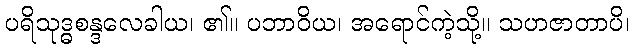
ပရိသုဒ္ဓစန္ဒလေခါယ၊ ၏။ ပဘာဝိယ၊ အရောင်ကဲ့သို့။ သဟဇာတာပိ၊